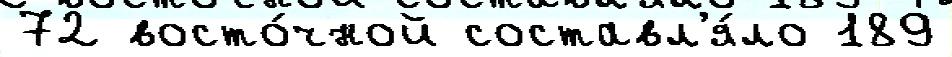
72 восто́чной составл'я́ло 189